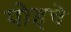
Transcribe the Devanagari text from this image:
पोहचे